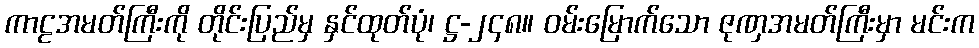
ကာဠအမတ်ကြီးကို တိုင်းပြည်မှ နှင်ထုတ်ပုံ၊ ဋ္ဌ-၂၄၈။ ဝမ်းမြောက်သော ဇုဏှအမတ်ကြီးမှာ မင်းက